Report on vaccination in Madras 1922-1929 - 1922-1929
Year: 1922
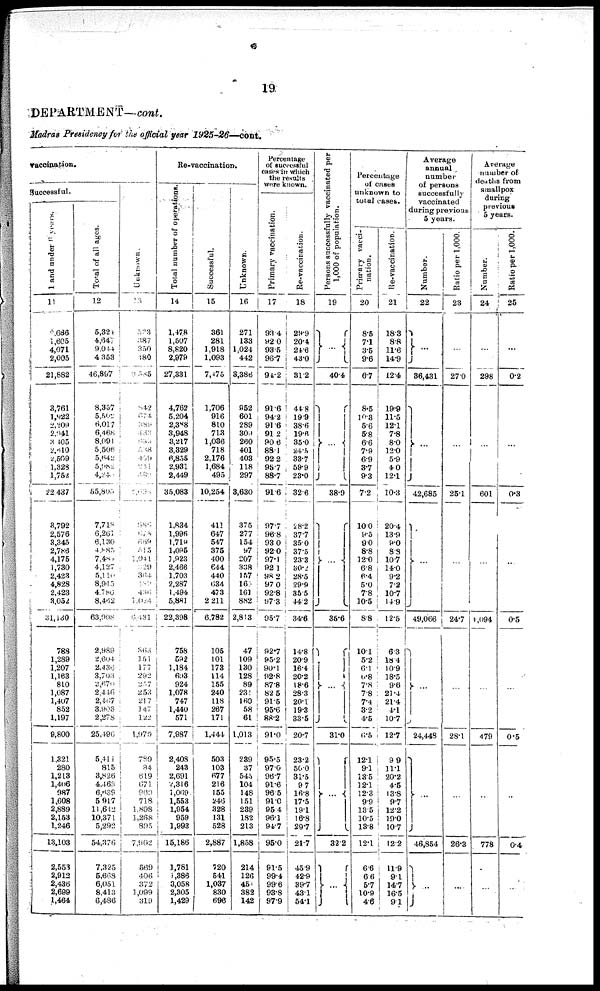
19
DEPARTMENT—cont.
Madras Presidency for the official year 1925-26—cont.
vaccination.
Successful.
1 and u n d e r 6 year s.
11
2,686
1,605
4,071
2,005
21,882
3,761
1,422
2,209
2,941
3,405
2,610
2,509
1,328
1,752
22437
3,792
2,576
3,345
2,786
4,175
1,730
2,423
4,828
2,423
3,052
31,130
788
1,289
1,207
1,163
810
1,087
1,407
852
1,197
9,800
1,321
280
1,213
1,406
987
1,608
2,889
2,153
1,246
13,103
2,553
2,912
2,436
2,699
1,464
Tonal of all ages.
12
5,324
4,647
9,044
4,353
46,897
8,357
5,502
6,017
6,468
8,091
5,506
5,642
5,982
4,243
55,805
7,718
6,261
6,130
4,885
7,486
4,127
5,110
8,943
4,786
8,462
63,908
2,989
2,604
2,436
3,703
2,670
2,446
2,467
3,903
2,278
25,496
6,411
815
3,826
4,463
6,639
5,917
11,642
10,371
5,292
54,376
7,325
5,663
6,051
8,413
6,486
Unknown.
13
523
687
350
480
3,335
842
674
389
433
635
538
459
241
483
6,695
886
678
669
515
1,041
329
304
339
436
1,024
6,431
368
151
177
292
257
253
217
147
122
1,979
780
84
619
671
969
718
1,898
1,268
895
7,902
569
406
372
1,099
319
Re-vaccination.
Total number of Operations.
14
1,478
1,507
8,820
2,979
27,331
4,762
5,204
2,388
3,948
3,217
3,329
6,855
2,931
2,449
35,083
1,834
1,996
1,719
1,095
1,923
2,466
1,703
2,287
1,494
5,881
22,398
758
592
1,184
693
924
1,078
747
1,440
571
7,987
2,408
243
2,691
2,316
1,069
1,553
1,954
959
1,993
15,186
1,781
1,386
3,058
2,305
1,429
Successful.
15
361
281
1,918
1,093
7,475
1,706
916
810
713
1,036
718
2,176
1,684
495
10,254
411
647
547
375
400
644
440
634
473
2,211
6,782
105
101
173
114
155
240
118
267
171
1,444
503
103
677
216
155
246
328
131
528
2,887
720
541
1,037
830
696
Unknown.
16
271
133
1,024
442
3,386
952
601
289
309
260
401
403
118
297
8,630
375
277
154
97
207
338
157
160
161
882
2,813
47
109
130
128
89
231
160
58
61
1,013
239
37
545
104
148
151
239
182
213
1,858
214
126
451
382
142
Percentage
of successful
cases in which
the results
were known.
Primary vaccination.
17
93.4
92.0
93.5
96.7
94·2
91.6
94.2
91.6
91.2
90.6
88.1
92.2
95.7
88.7
91.6
97.7
96.8
93.0
92.0
97.1
92.1
98.2
97.0
92.8
97.3
95·7
92.7
95.2
90.1
92.8
87.8
82.5
91.5
95.6
88.2
91.0
95.5
97.0
96.7
91.6
96.5
91.0
95.4
96.1
94.7
95.0
91.5
99.4
99.6
938
97.9
Re-vaccination.
18
29.9
20.4
24.6
43.0
31.2
44.8
19.9
38.6
19.6
35.0
24.5
33.7
59.9
23·0
32.6
28·2
37.7
35.0
37·5
23.3
30.2
28.5
29.9
35.5
44.2
34.6
14.8
20.9
16.4
20.2
18.6
28.3
20·1
19.3
33.5
20.7
23.2
50.0
31.5
9.7
16.8
17.5
19.1
16·8
29.7
21.7
45.9
42.9
39.7
43.1
54.1
Persons successfully vaccinated per
1,000 of population.
19
...
40.4
...
38.9
...
36.6
...
31.0
...
32.2
...
Percentage
of cases
unknown to
total cases.
Primary vacci-
nation.
20
8.5
7.1
3.5
9.6
6·7
8.5
10.3
5.6
5.8
6.6
7.9
6.9
8.7
9.3
7.2
100
9·5
9.0
8.8
12.0
6.8
6.4
5.0
7.8
10.5
8.8
10.1
5.2
6.1
6.8
7.8
7.8
7.4
3.2
4.5
6·5
12.1
9.1
13.5
12.1
12.3
9.9
13.5
10.5
18.8
12.1
6.6
6.6
5.7
10.9
4.6
Re-vaccination.
21
18.3
8.8
11·6
14.9
12.4
19.9
11.5
12.1
7.8
8.0
12.0
5.9
4.0
12.1
10.3
20.4
13.9
9.0
8.8
10.7
14.0
9.2
7.2
10.7
14.9
12.5
6.3
18.4
10.9
18.5
9.6
21·4
21·4
4.1
10.7
12.7
9.9
11.1
20·2
4.5
13.8
9.7
12.2
19.0
10.7
12.2
11.9
9.1
14.7
16.5
9.1
Average
annual
number
of persons
successfully
vaccinated
during previous
5 years.
Number.
22
...
36,431
...
42,685
...
49,066
...
24,448
...
46,854
...
Ratio per 1,000.
23
...
27.0
...
25.1
...
24.7
...
28.1
...
26.3
...
Average
number of
deaths from
smallpox
during
previous
5 years.
Number.
24
...
298
...
601
...
4,094
...
479
...
778
...
Ratio per 1,000.
25
...
0.2
...
0.3
...
0.5
...
0.5
...
0·4
...